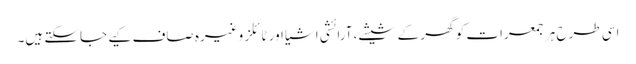
اسی طرح ہر جمعرات کو گھر کے شیشے، آرائشی اشیا اور ٹائلز وغیرہ صاف کیے جاسکتے ہیں۔